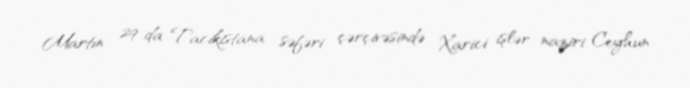
Martın 29-da Tacikistana səfəri çərçivəsində Xarici işlər naziri Ceyhun